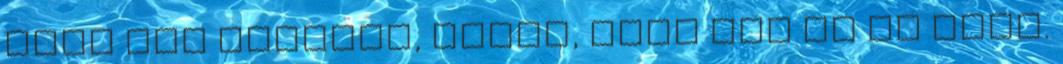
hogy mit csinált, lehet, hogy itt is az lesz.